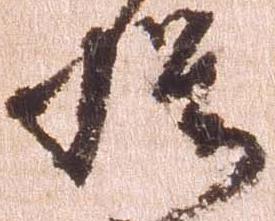
模